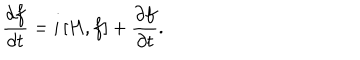
LaTeX: \frac { d f } { d t } = i \, [ H , f ] + \frac { \partial f } { \partial t } .